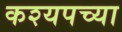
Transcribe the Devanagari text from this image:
कश्यपच्या